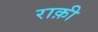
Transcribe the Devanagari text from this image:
राक़ी